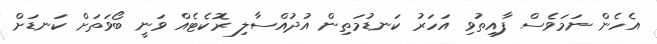
އެހެން ނަމަވެސް ފާއިތުވި އަހަރު ކަނޑުމަތިން އުދުއްސާލި ރޮކެޓެއް ވަނީ ބޯވަތަށް ކަނޑަށް